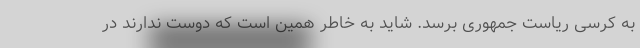
به کرسی ریاست جمهوری برسد. شاید به خاطر همین است که دوست ندارند در